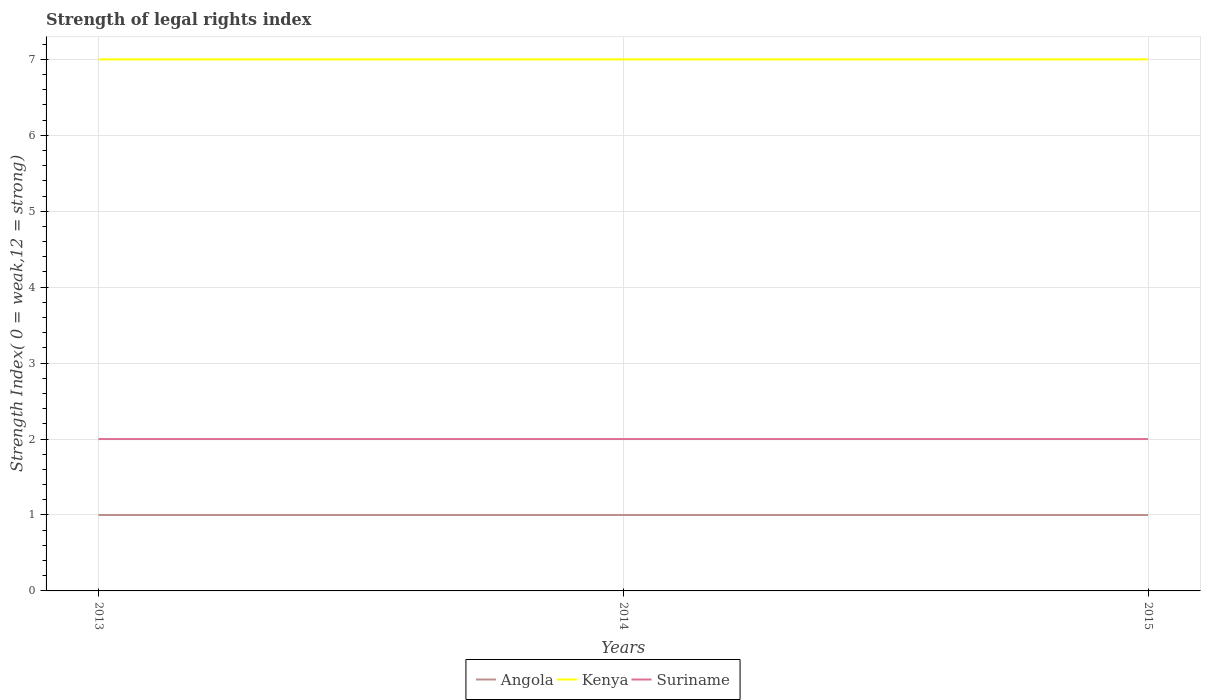
| Years | Angola | Kenya | Suriname |
 | --- | --- | --- | --- |
 | 2013 | 1 | 7 | 2 |
 | 2014 | 1 | 7 | 2 |
 | 2015 | 1 | 7 | 2 |